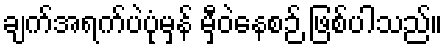
ချက်အရက်ပဲပုံမှန် မှီဝဲနေစဉ် ဖြစ်ပါသည်။